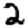
Digit: 2